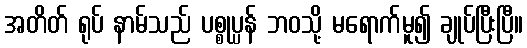
အတိတ် ရုပ် နာမ်သည် ပစ္စုပ္ပန် ဘဝသို့ မရောက်မူ၍ ချုပ်ပြီးပြီ။